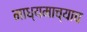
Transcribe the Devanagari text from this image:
माध्यमाच्याच